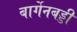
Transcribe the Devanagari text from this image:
बार्गेनबड्डी